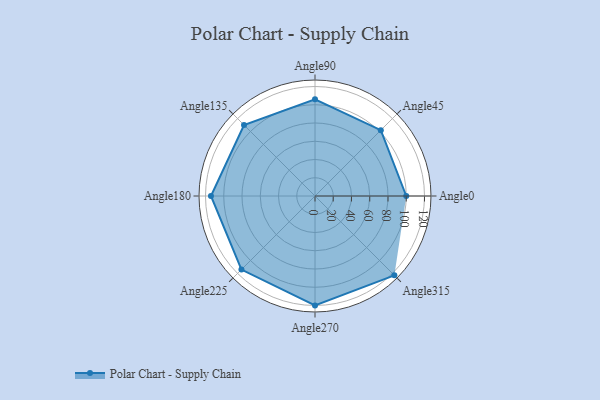
{"axis": {"x": "Angle", "y": "Radius"}, "legend": [""], "data": [{"x": "Angle0", "y": 100.0, "type": ""}, {"x": "Angle45", "y": 102.0, "type": ""}, {"x": "Angle90", "y": 106.0, "type": ""}, {"x": "Angle135", "y": 110.0, "type": ""}, {"x": "Angle180", "y": 114.0, "type": ""}, {"x": "Angle225", "y": 114.0, "type": ""}, {"x": "Angle270", "y": 120.0, "type": ""}, {"x": "Angle315", "y": 123.0, "type": ""}]}